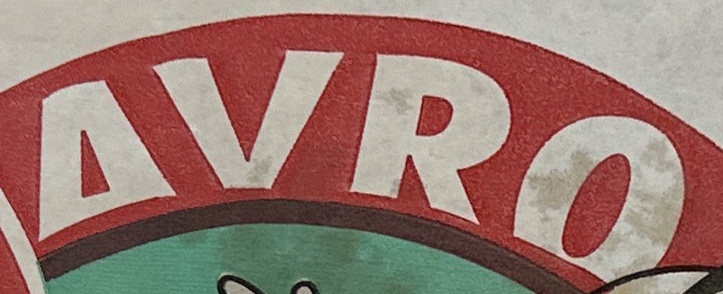
Avro